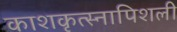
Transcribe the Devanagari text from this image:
काशकृत्स्नापिशली